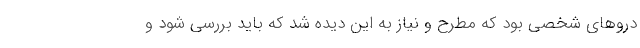
دروهای شخصی بود که مطرح و نیاز به این دیده شد که باید بررسی شود و